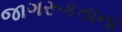
જાગરૂકતાના